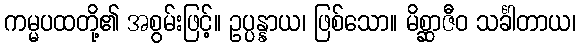
ကမ္မပထတို့၏ အစွမ်းဖြင့်။ ဥပ္ပန္နာယ၊ ဖြစ်သော။ မိစ္ဆာဇီဝ သင်္ခါတာယ၊